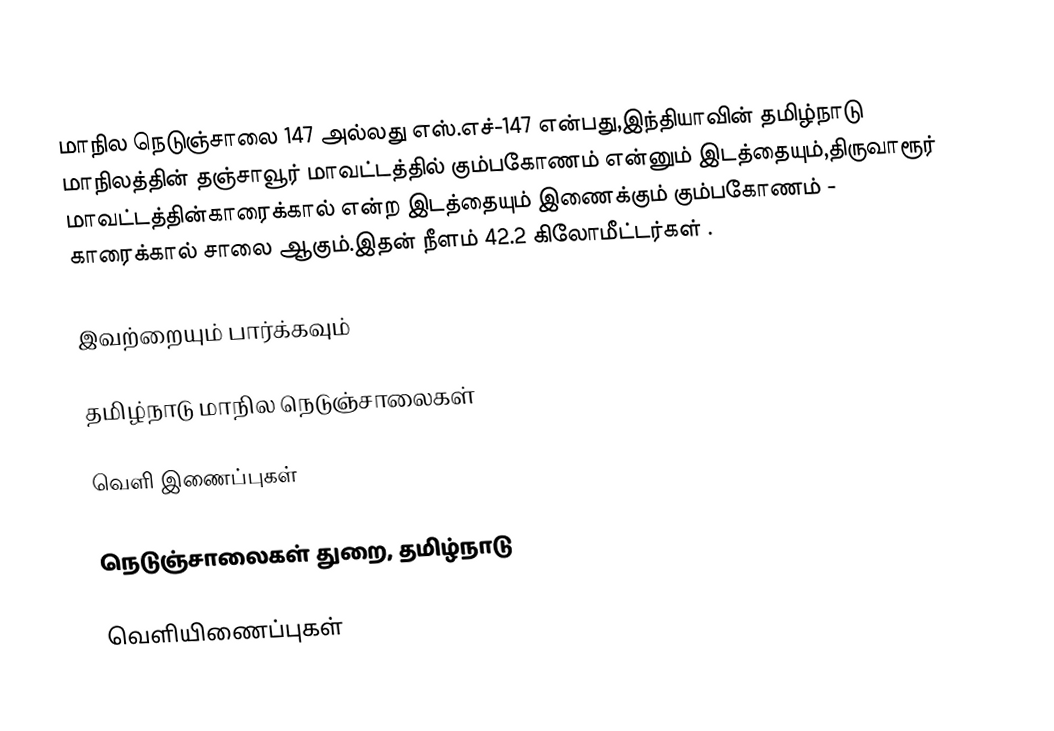
மாநில நெடுஞ்சாலை 147 அல்லது எஸ்.எச்-147 என்பது,இந்தியாவின் தமிழ்நாடு மாநிலத்தின் தஞ்சாவூர் மாவட்டத்தில் கும்பகோணம் என்னும் இடத்தையும்,திருவாரூர் மாவட்டத்தின்காரைக்கால் என்ற இடத்தையும் இணைக்கும் கும்பகோணம் - காரைக்கால் சாலை ஆகும்.இதன் நீளம் 42.2 கிலோமீட்டர்கள் .

இவற்றையும் பார்க்கவும்

 தமிழ்நாடு மாநில நெடுஞ்சாலைகள்

வெளி இணைப்புகள்

 நெடுஞ்சாலைகள் துறை, தமிழ்நாடு

வெளியிணைப்புகள்